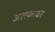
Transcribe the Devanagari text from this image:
अलकाधर